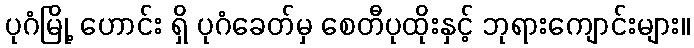
ပုဂံမြို့ ဟောင်း ရှိ ပုဂံခေတ်မှ စေတီပုထိုးနှင့် ဘုရားကျောင်းများ။